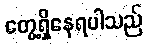
တွေ့ရှိနေရပါသည်